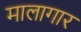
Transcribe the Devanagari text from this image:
मालागार